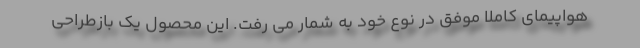
هواپیمای کاملا موفق در نوع خود به شمار می رفت. این محصول یک بازطراحی